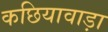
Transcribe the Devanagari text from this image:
कछियावाड़ा